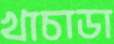
খাচাডা